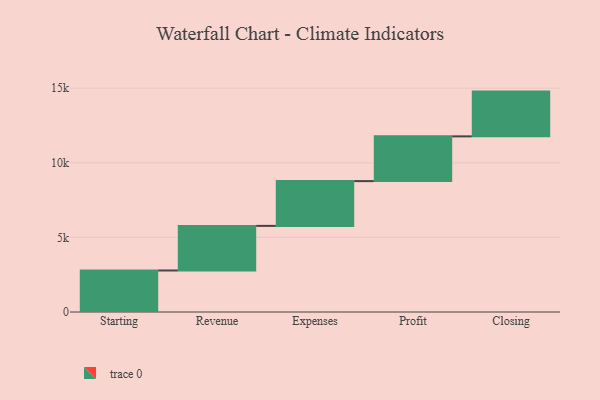
{"axis": {"x": "Step", "y": "Value"}, "legend": [""], "data": [{"x": "Starting", "y": 2782.0, "type": ""}, {"x": "Revenue", "y": 2990.0, "type": ""}, {"x": "Expenses", "y": 3000, "type": ""}, {"x": "Profit", "y": 3000, "type": ""}, {"x": "Closing", "y": 3000, "type": ""}]}